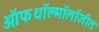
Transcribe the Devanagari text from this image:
ऑफथॉल्मॉलॉजीत